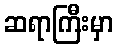
ဆရာကြီးမှာ